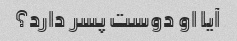
آیا او دوست پسر دارد؟